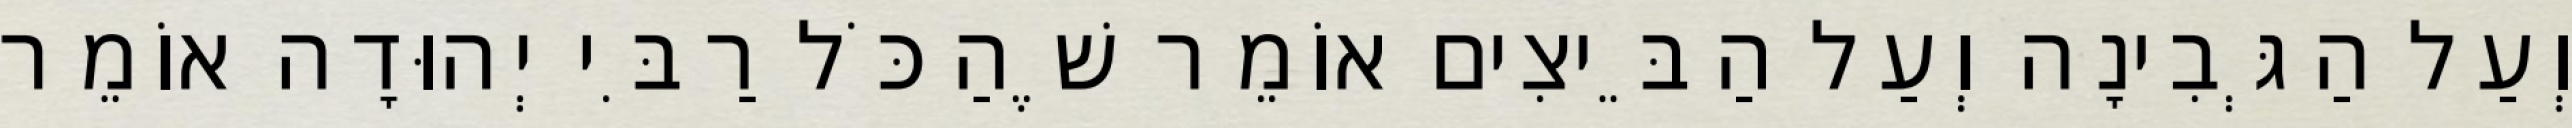
וְעַל הַגְּבִינָה וְעַל הַבֵּיצִים אוֹמֵר שֶׁהַכֹּל רַבִּי יְהוּדָה אוֹמֵר